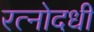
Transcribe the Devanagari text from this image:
रत्नोदधी